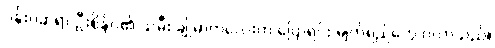
ပန်းပဲဆရာ ဦးစိန်ဝ၏ သမီး ချိုမာကလေးက ပြောရင်း မျက်ရည်တွေ ဝဲလာသည်။